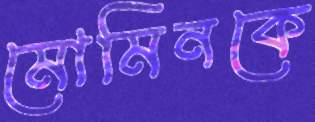
মোমিনকে